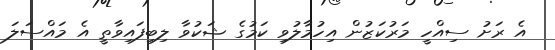
އެ ރަށު ސިއްހީ މަރުކަޒުން އިހުމާލުވި ކަމުގެ ޝަކުވާ ލިބިފައިވާތީ އެ މައްސަލަ